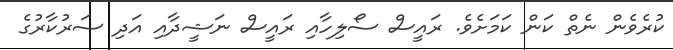
ކުރެވެން ނެތް ކަން ކަމަށެވެ. ރައީސް ސޯލިހާއި ރައީސް ނަޝީދާއި އަދި ސަރުކާރުގެ